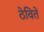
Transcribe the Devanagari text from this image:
ठेविते